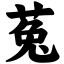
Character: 菟